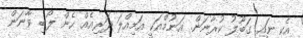
އެކީ ނައި ގަބޫލު ކުރާނަން. އަނުމްއަކީ އަމިއްލަ ދަރިއެއް ހެން ލޯބި ވާނަން